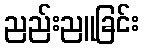
ညည်းညူခြင်း